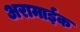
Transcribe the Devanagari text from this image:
अरामाईक